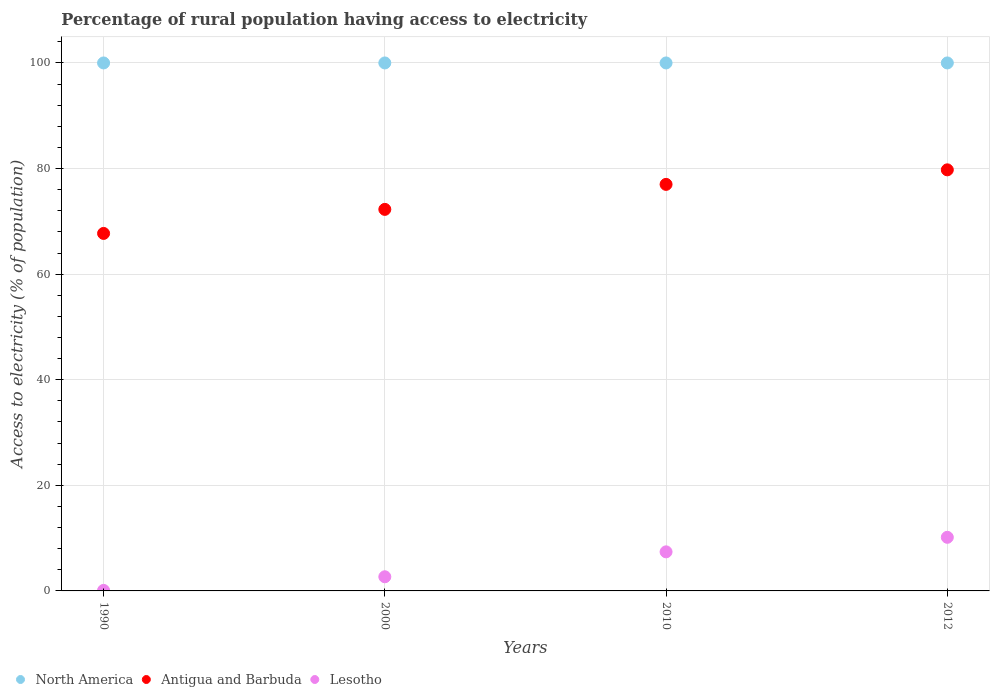
| Years | North America | Antigua and Barbuda | Lesotho |
 | --- | --- | --- | --- |
 | 1990 | 100 | 67.7 | 0.1 |
 | 2000 | 100 | 72.3 | 2.68 |
 | 2010 | 100 | 77 | 7.4 |
 | 2012 | 100 | 79.8 | 10.2 |